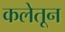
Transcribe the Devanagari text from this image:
कलेतून